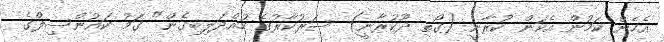
އެހެން ކަމުން އެކަން ކުރާނީ (ގޯތި ދޫކުރާނީ) ސަރުކާރުގެ ހުއްދަލިބިގެން" ގަމު ކައުންސިލްގެ